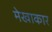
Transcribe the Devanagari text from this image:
मेखाकार